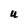
Character: U